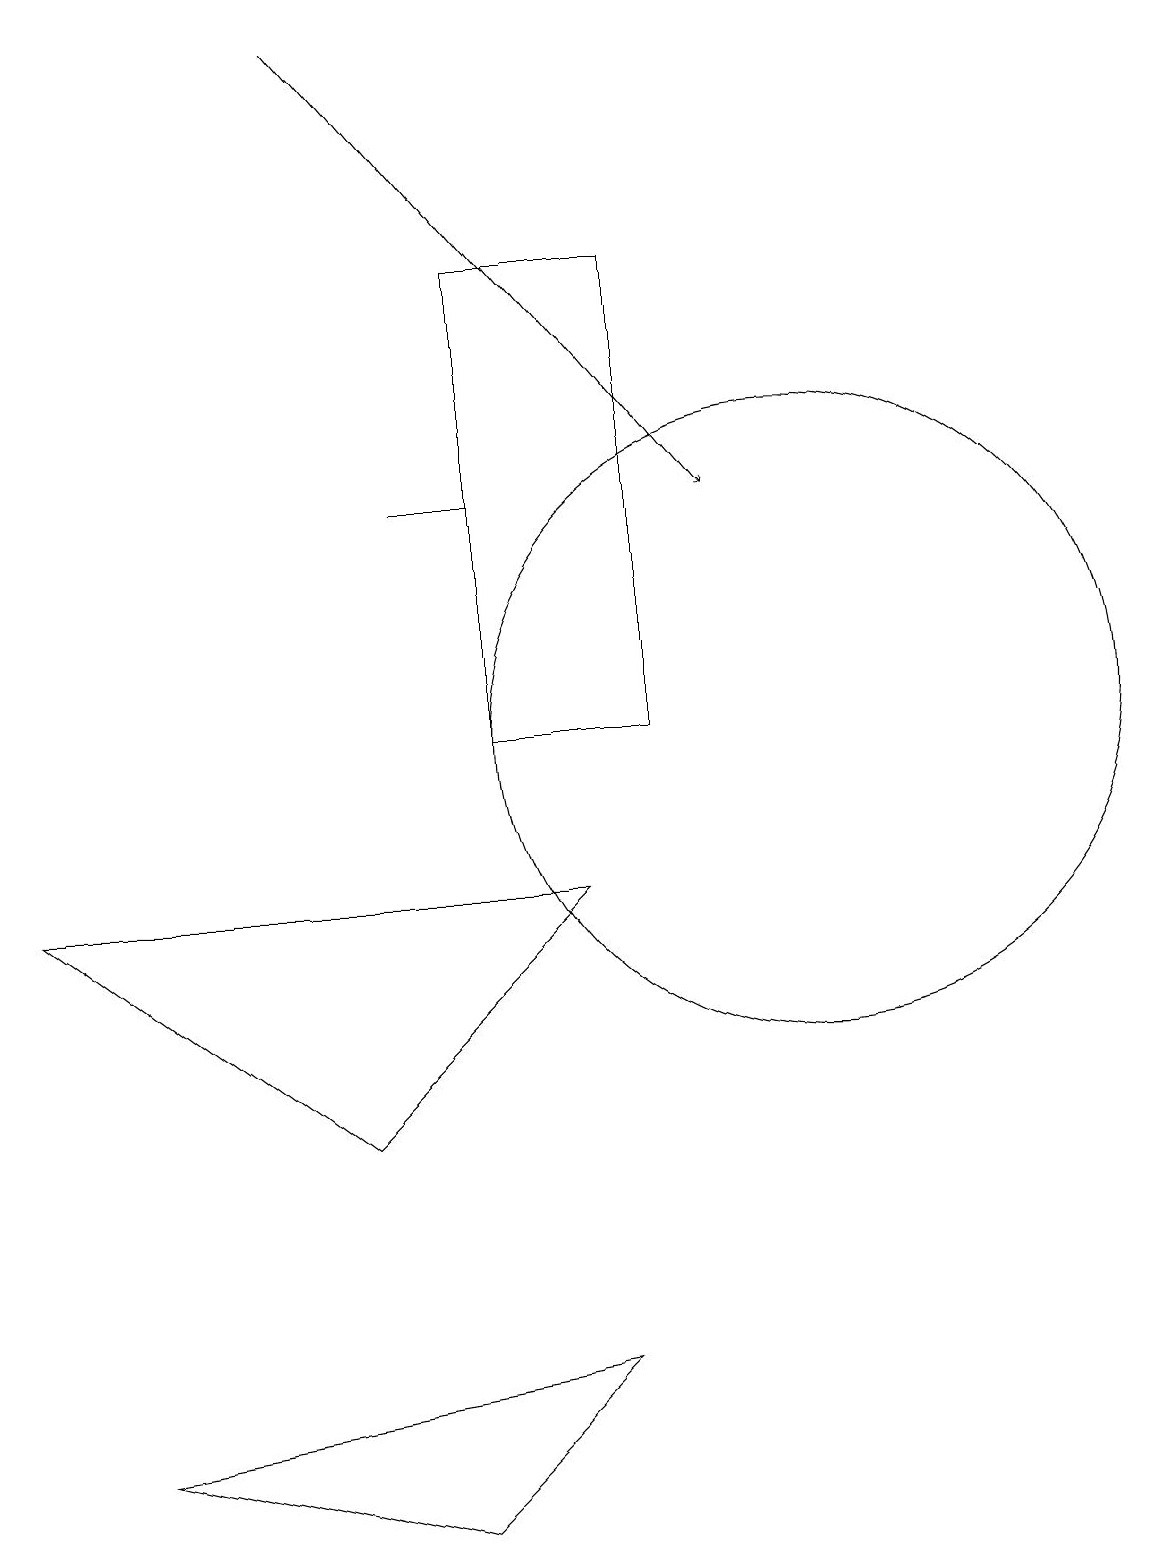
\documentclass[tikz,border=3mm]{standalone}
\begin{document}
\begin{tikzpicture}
\draw (6,10) rectangle (8,16);
\draw (10,10) circle (4);
\draw[->] (4,19) -- (9,13);
\draw (7,8) -- (0,8) -- (4,5) -- cycle;
\draw (0,17) rectangle (0,17);
\draw (6,13) rectangle (5,13);
\draw (5,0) -- (1,1) -- (7,2) -- cycle;
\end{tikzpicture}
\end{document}